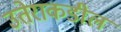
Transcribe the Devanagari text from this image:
उतेराकडील